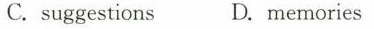
C.suggestions D.memories